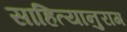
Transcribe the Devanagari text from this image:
साहित्यानुराग